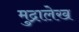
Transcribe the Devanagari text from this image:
मुद्रालेख